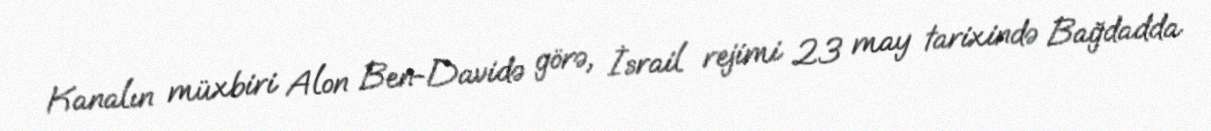
Kanalın müxbiri Alon Ben-Davidə görə, İsrail rejimi 23 may tarixində Bağdadda